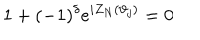
1 + ( - 1 ) ^ { \delta } e ^ { i Z _ { N } ( \vartheta _ { j } ) } = 0